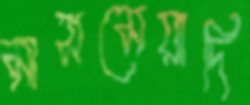
মাসমেয়াদি